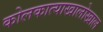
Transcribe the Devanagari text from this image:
कोलकात्याखालोखाल